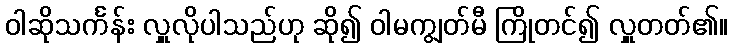
ဝါဆိုသင်္ကန်း လှူလိုပါသည်ဟု ဆို၍ ဝါမကျွတ်မီ ကြိုတင်၍ လှူတတ်၏။